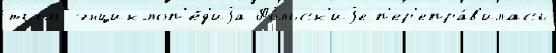
тыл энциклоп'е́д'иjа По́льск'иjе п'ер'епра́в'илась